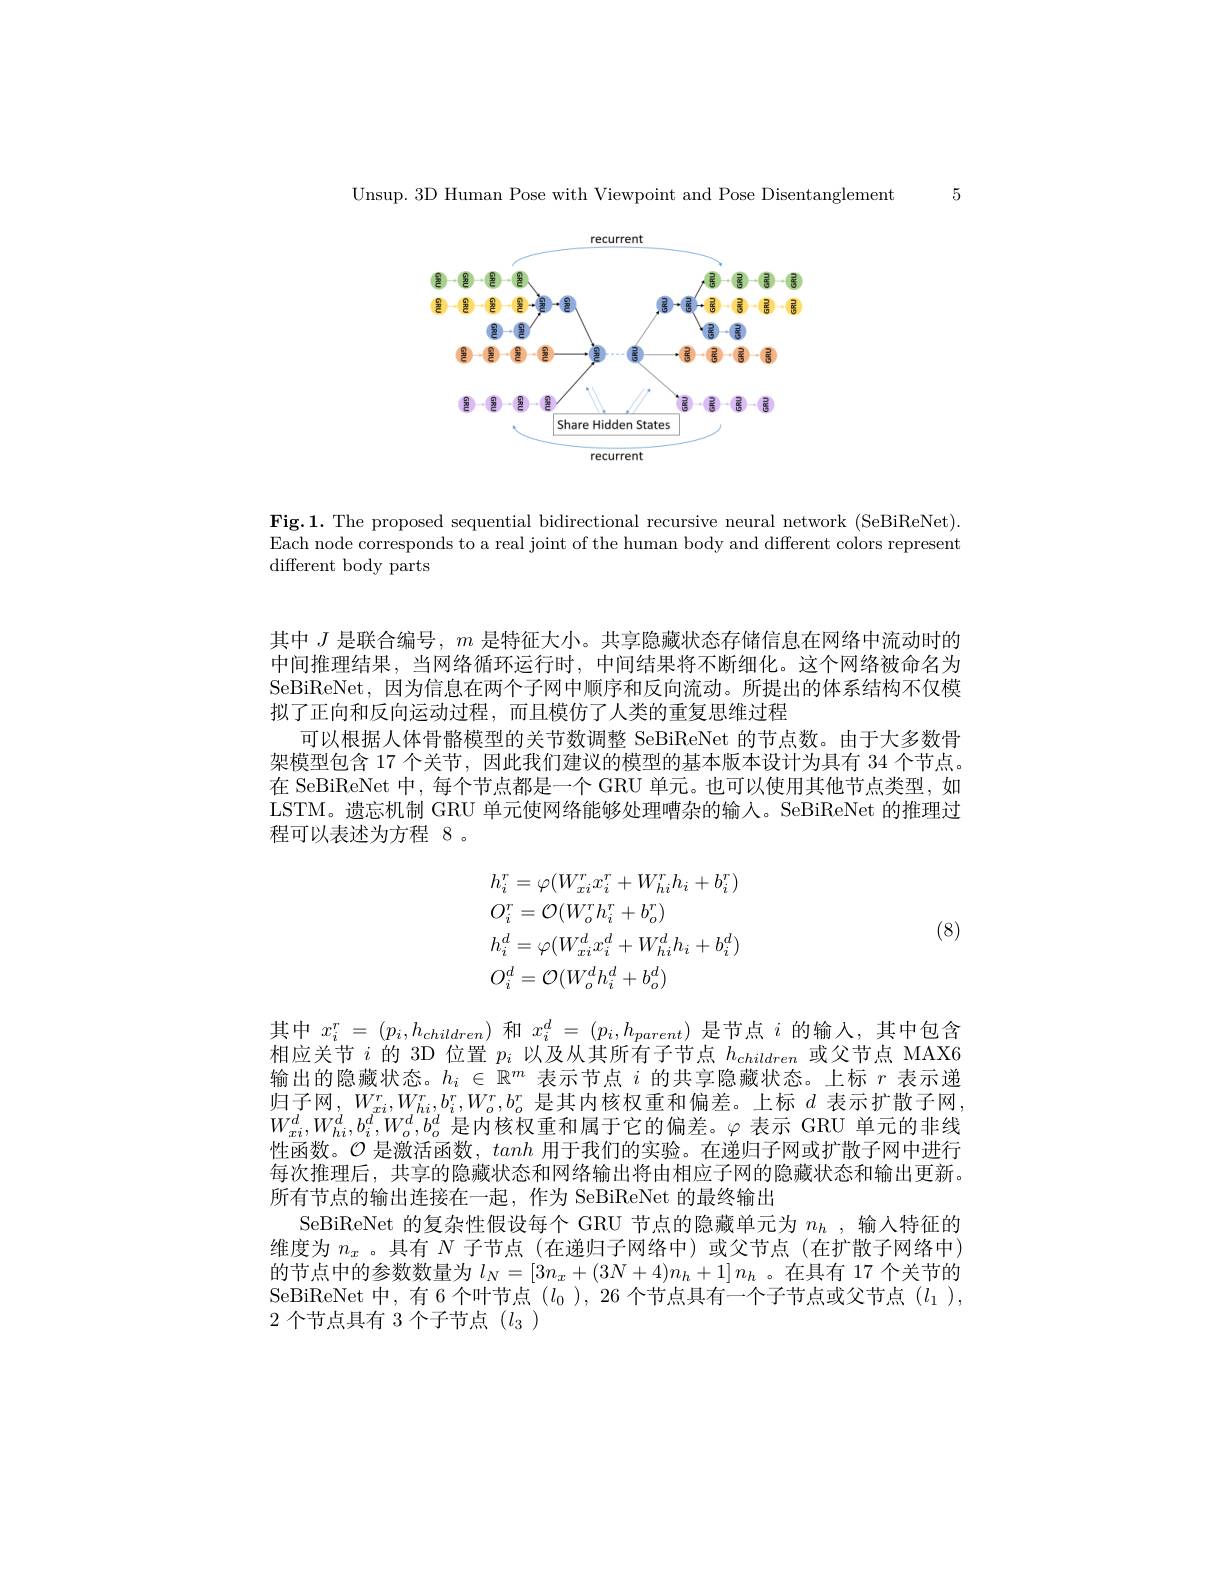
Unsup. 3D Human Pose with Viewpoint and Pose Disentanglement 5

<FigureHere>

Fig.1. The proposed sequential bidirectional recursive neural network (SeBiReNet). Each node corresponds to a real joint of the human body and different colors represent different body parts

其中$J$是联合编号，$m$是特征大小。共享隐藏状态存储信息在网络中流动时的中间推理结果，当网络循环运行时，中间结果将不断细化。这个网络被命名为SeBiReNet,因为信息在两个子网中顺序和反向流动。所提出的体系结构不仅模拟了正向和反向运动过程，而且模仿了人类的重复思维过程
可以根据人体骨骼模型的关节数调整 SeBiReNet 的节点数。由于大多数骨架模型包含 17 个关节，因此我们建议的模型的基本版本设计为具有 34 个节点。在 SeBiReNet 中，每个节点都是一个 GRU 单元。也可以使用其他节点类型，如LSTM。遗忘机制 GRU 单元使网络能够处理嘈杂的输入。SeBiReNet 的推理过程可以表述为方程 8。

(8)
$$\begin{aligned}&h_{i}^{r}=\varphi(W_{xi}^{r}x_{i}^{r}+W_{hi}^{r}h_{i}+b_{i}^{r})\\&O_{i}^{r}=\mathcal{O}(W_{o}^{r}h_{i}^{r}+b_{o}^{r})\\&h_{i}^{d}=\varphi(W_{xi}^{d}x_{i}^{d}+W_{hi}^{d}h_{i}+b_{i}^{d})\\&O_{i}^{d}=\mathcal{O}(W_{o}^{d}h_{i}^{d}+b_{o}^{d})\end{aligned}$$
其中$x_i^r=(p_i,h_{children})$和$x_i^d=(p_i,h_{parent})$是节点$i$的输人，其中包含相应关节$i$的 3D 位置$p_i$以及从其所有子节点$h_children$或父节点 MAX6输出的隐藏状态。$h_i\in\mathbb{R}^m$表示节点$i$的共享隐藏状态。上标$r$表示递归子网，$W_{xi}^r,W_{hi}^r,b_i^r,W_o^r,b_o^r$是其内核权重和偏差。上标$d$表示扩散子网， $W_{xi}^d,W_{hi}^d,b_i^d,W_o^d,b_o^d$是内核权重和属于它的偏差。$\varphi$表示 GRU 单元的非线性函数。$\mathcal{O}$是激活函数，tanh用于我们的实验。在递归子网或扩散子网中进行每次推理后，共享的隐藏状态和网络输出将由相应子网的隐藏状态和输出更新。所有节点的输出连接在一起，作为 SeBiReNet 的最终输出
SeBiReNet 的复杂性假设每个 GRU 节点的隐藏单元为$n_h$ ,输人特征的维度为$n_x$ 。具有$N$子节点(在递归子网络中)或父节点(在扩散子网络中) 的节点中的参数数量为$l_N=[3n_x+(3N+4)n_h+1]n_h$ 。在具有 17 个关节的SeBiReNet 中，有 6 个叶节点$(l_0)$, 26 个节点具有一个子节点或父节点$(l_1)$, 2个节点具有 3 个子节点$(l_3)$